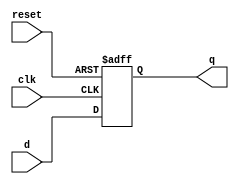
module dff(d,clk,reset,q);
input [15:0] d;
input clk, reset;
output [15:0]q;
reg q;

initial
q<= 16'd0;

always@(posedge clk or posedge reset)
	if(reset)
 		q <= 16'b0;
	else
		q <= d;

endmodule